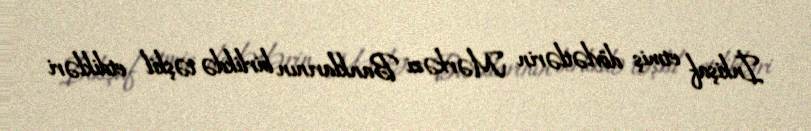
İnkişaf etmiş dövlətlərin Mərkəzi Banklarının birlikdə təşkil etdikləri